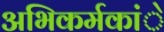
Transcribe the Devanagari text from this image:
अभिकर्मकांे